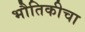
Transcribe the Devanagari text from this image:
भौतिकीचा